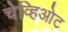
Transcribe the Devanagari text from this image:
चेव्हिओट